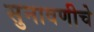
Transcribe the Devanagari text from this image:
सुनावणीचे